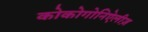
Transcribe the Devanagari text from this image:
कोकोगोनिऐलीज़